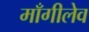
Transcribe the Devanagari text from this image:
माँगीलेव